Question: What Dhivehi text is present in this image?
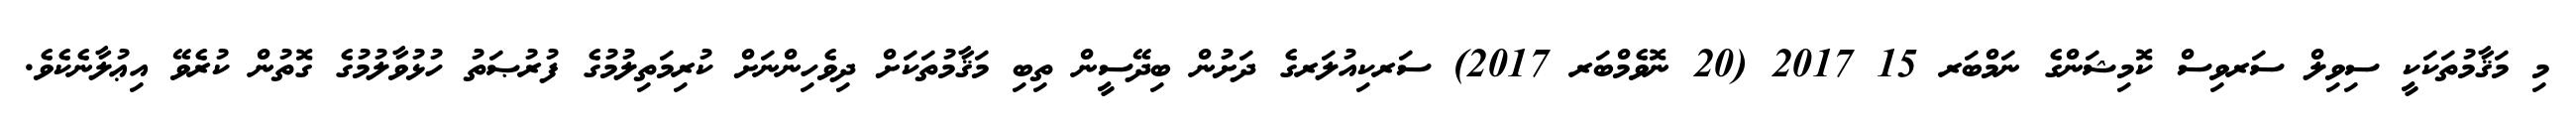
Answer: މި މަޤާމުތަކަކީ ސިވިލް ސަރވިސް ކޮމިޝަންގެ ނަމްބަރ 15 2017 (20 ނޮވެމްބަރ 2017) ސަރކިއުލަރގެ ދަށުން ބިދޭސީން ތިބި މަޤާމުތަކަށް ދިވެހިންނަށް ކުރިމަތިލުމުގެ ފުރުޞަތު ހުޅުވާލުމުގެ ގޮތުން ކުރެވޭ އިޢުލާނެކެވެ.